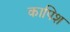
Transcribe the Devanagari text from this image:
कापिश